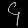
Digit: ၄